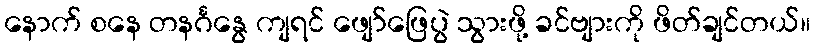
နောက် စနေ တနင်္ဂနွေ ကျရင် ဖျော်ဖြေပွဲ သွားဖို့ ခင်ဗျားကို ဖိတ်ချင်တယ်။